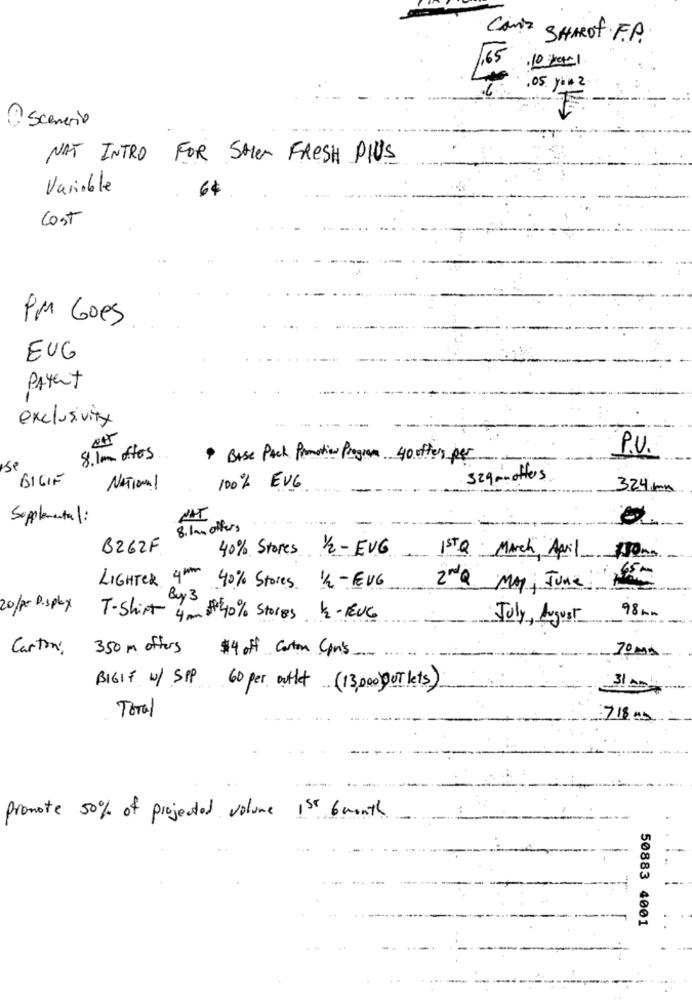
Cants
SHAROf F.A.
,05. you 2
A scenario
NAT INTRO FOR SALE FRESH PIUS
Variable
64
Cost
PM Goes
EUG
Payent
exclusivity
P.V.
8.Im offers
· Base Pack Promotion Program 40 offers per
sp
BIGIE
329 mn offers
NATIONAL
100% EVG
324 mm
Supplemental:
8.1m offers
B262F
40% Stores 1/2- EVG
IST Q March April 150mm
LIGHTER 4 th
40% Stores 1/2-EUG
2nda
May ; June
By 3
20/pr Display
98 km
T-shirt 4mm # 40% Stores K-RUG
July , August
Cartoni
350 m offers
$4 off Carton Con's_
70ms
BIGIF W/ SP 60 per outlet. (13,000)OUT lets)
31 0
Total
718 Mb
promote 50% of projected volume 1st 6 month
50883 4001